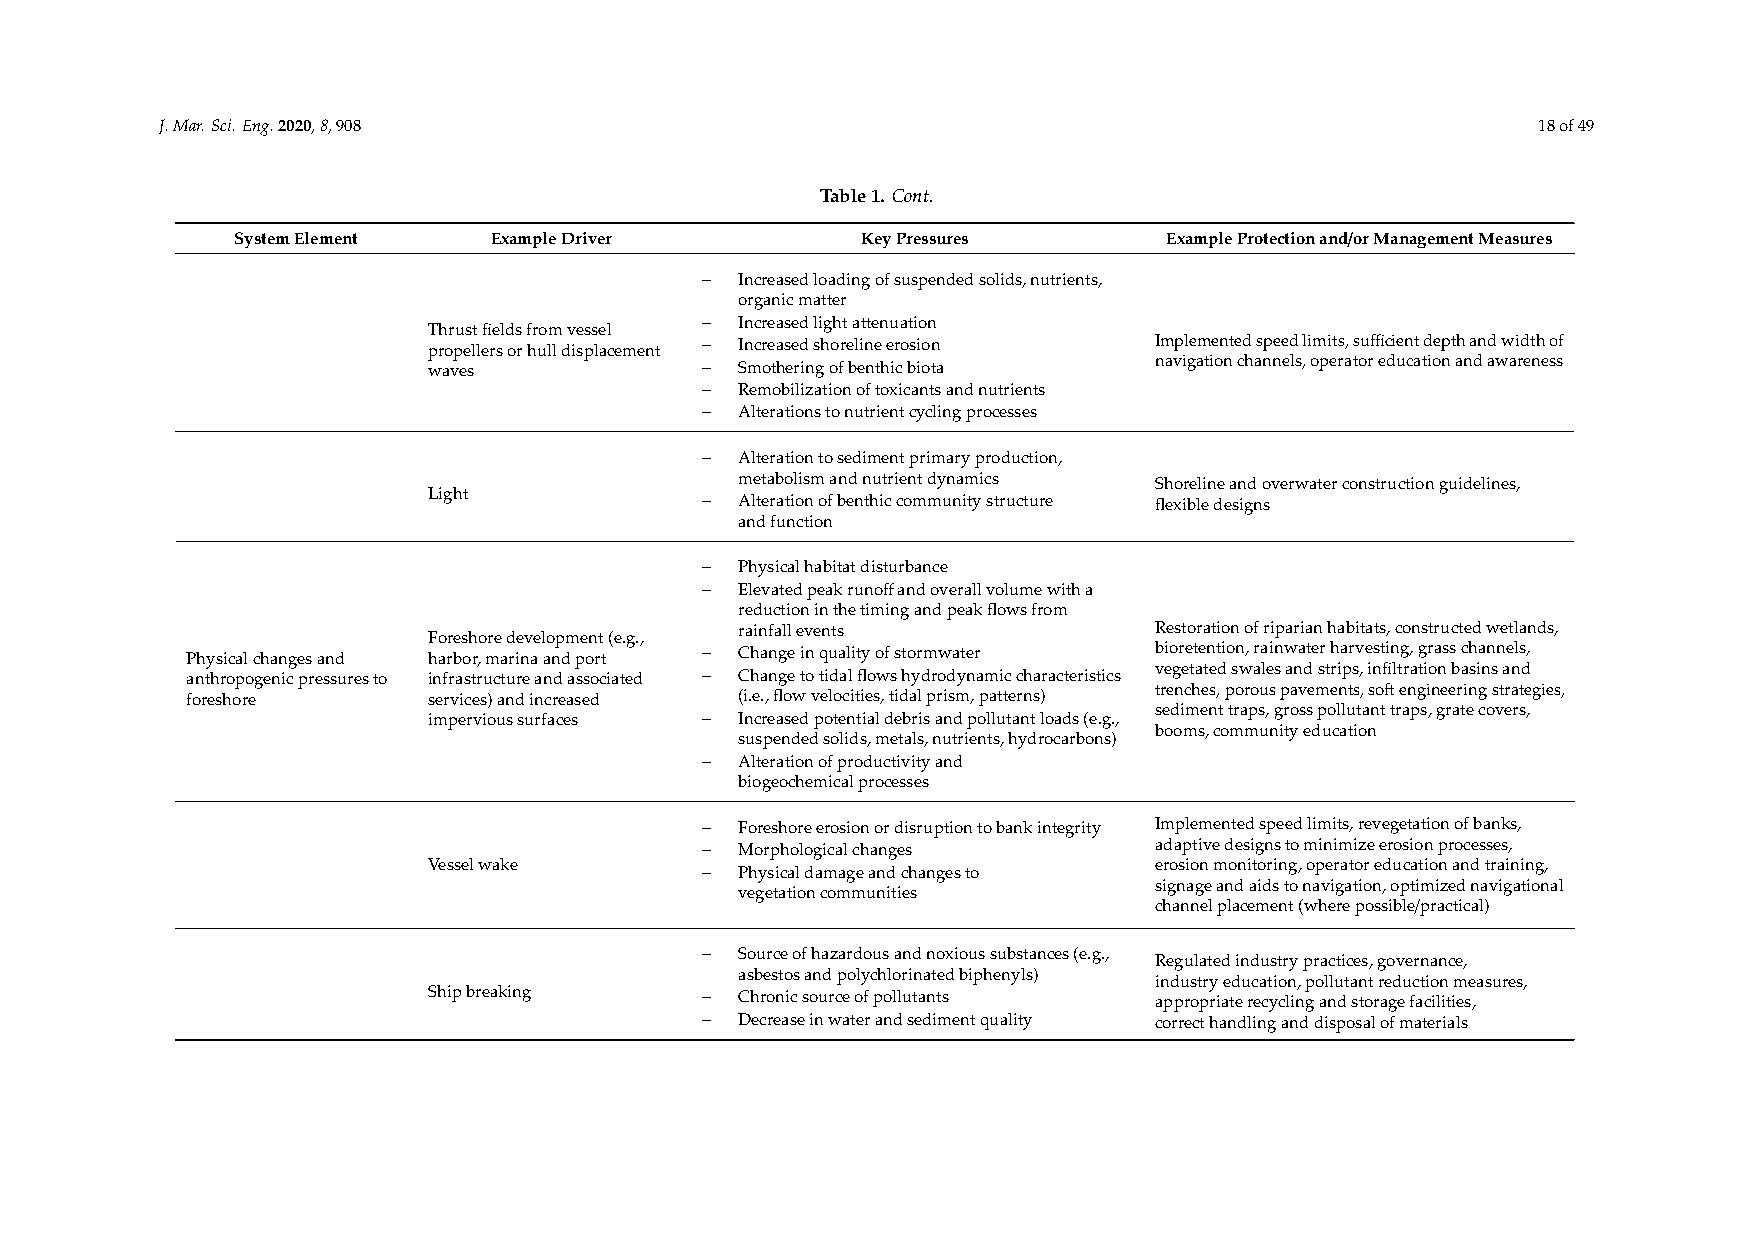
J.Mar.Sci.Eng.2020,8,908                                                                   18of49
 Table1. Cont.
 SystemElement    ExampleDriver           KeyPressures        ExampleProtectionand/orManagementMeasures
 −  Increasedloadingofsuspendedsolids,nutrients,
 organicmatter
 −  Increasedlightattenuation
 pT rh or pu es lt lefi re sld os rf hr uo lm ldv ie spss le al cement − Increasedshorelineerosion Implementedspeedlimits,sufficientdepthandwidthof
 waves             −  Smotheringofbenthicbiota   navigationchannels,operatoreducationandawareness
 −  Remobilizationoftoxicantsandnutrients
 −  Alterationstonutrientcyclingprocesses
 −  Alterationtosedimentprimaryproduction,
 metabolismandnutrientdynamics Shorelineandoverwaterconstructionguidelines,
 Light             −  Alterationofbenthiccommunitystructure flexibledesigns
 andfunction
 −  Physicalhabitatdisturbance
 −  Elevatedpeakrunoffandoverallvolumewitha
 reductioninthetimingandpeakflowsfrom
 rainfallevents             Restorationofriparianhabitats,constructedwetlands,
 Foreshoredevelopment(e.g.,
 Physicalchangesand harbor,marinaandport − Changeinqualityofstormwater bioretention,rainwaterharvesting,grasschannels,
 anthropogenicpressuresto infrastructureandassociated − Changetotidalflowshydrodynamiccharacteristics vegetatedswalesandstrips,infiltrationbasinsand
 trenches,porouspavements,softengineeringstrategies,
 foreshore       services)andincreased (i.e.,flowvelocities,tidalprism,patterns)
 impervioussurfaces − Increasedpotentialdebrisandpollutantloads(e.g., sedimenttraps,grosspollutanttraps,gratecovers,
 booms,communityeducation
 suspendedsolids,metals,nutrients,hydrocarbons)
 −  Alterationofproductivityand
 biogeochemicalprocesses
 −  Foreshoreerosionordisruptiontobankintegrity Implementedspeedlimits,revegetationofbanks,
 −  Morphologicalchanges       adaptivedesignstominimizeerosionprocesses,
 Vesselwake        −  Physicaldamageandchangesto erosionmonitoring,operatoreducationandtraining,
 signageandaidstonavigation,optimizednavigational
 vegetationcommunities
 channelplacement(wherepossible/practical)
 −  Sourceofhazardousandnoxioussubstances(e.g.,
 Regulatedindustrypractices,governance,
 asbestosandpolychlorinatedbiphenyls)
 industryeducation,pollutantreductionmeasures,
 Shipbreaking      −  Chronicsourceofpollutants  appropriaterecyclingandstoragefacilities,
 −  Decreaseinwaterandsedimentquality correcthandlinganddisposalofmaterials